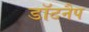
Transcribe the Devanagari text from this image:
डॉटनैप